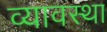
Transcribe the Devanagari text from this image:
व्यावस्था